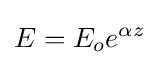
E=E_{o}e^{\alpha z}